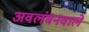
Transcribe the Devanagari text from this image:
अवलंबनवाले